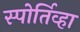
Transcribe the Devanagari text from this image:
स्पोर्तिव्हा